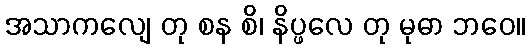
အသာကလျေ တု စန စိ၊ နိပ္ဖလေ တု မုဓာ ဘဝေ။